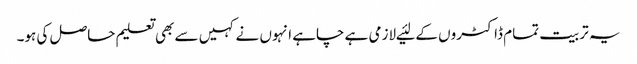
یہ تربیت تمام ڈاکٹروں کے لئیے لازمی ہے چاہے انہوں نے کہیں سے بھی تعلیم حاصل کی ہو۔